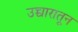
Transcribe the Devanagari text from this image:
उच्चारातून